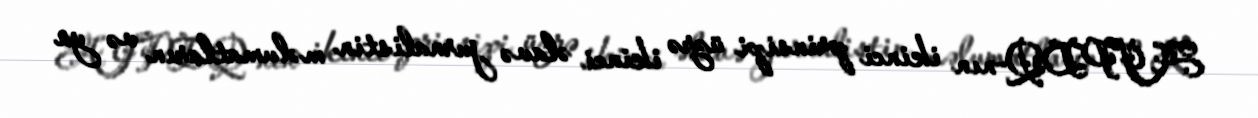
AJPDQ-nın ikinci prinsipi üzrə ikinci əlavə jurnalistin məlumatların və ya